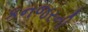
કનજરની